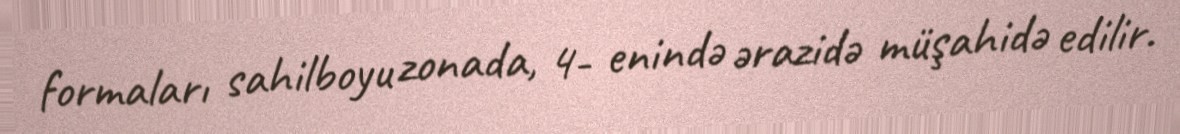
formaları sahilboyu zonada, 4- enində ərazidə müşahidə edilir.